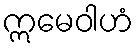
ဣမေဝါဟံ